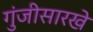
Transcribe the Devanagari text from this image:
गुंजीसारखे